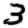
Digit: 3